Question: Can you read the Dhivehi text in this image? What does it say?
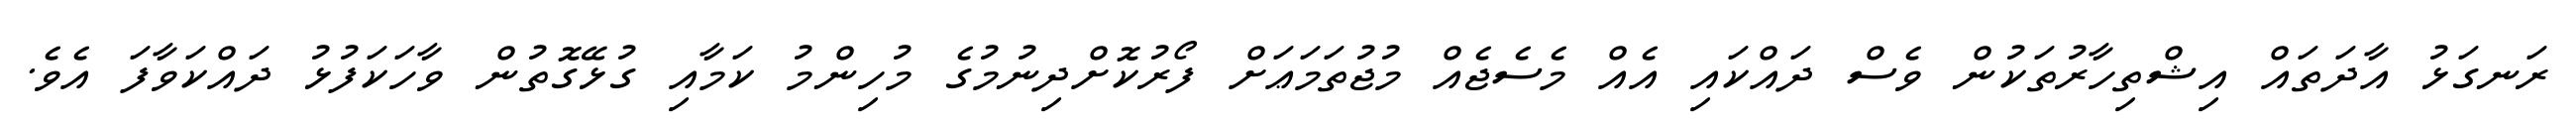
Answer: ރަނގަޅު އާދަތައް އިޝްތިހާރުތަކުން ވެސް ދައްކައި އެއް މެސެޖެއް މުޖުތަމަޢަށް ފޯރުކޮށްދިނުމުގެ މުހިންމު ކަމާއި ގުޅޭގޮތުން ވާހަކަފުޅު ދައްކަވާފަ އެވެ.